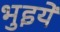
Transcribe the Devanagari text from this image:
भुइयें